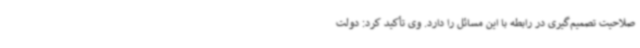
صلاحیت تصمیم‌گیری در رابطه با این مسائل را دارد. وی تأکید کرد: دولت